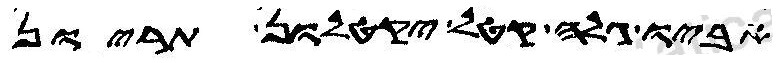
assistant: אביו גלה קטל יקטלון תריון